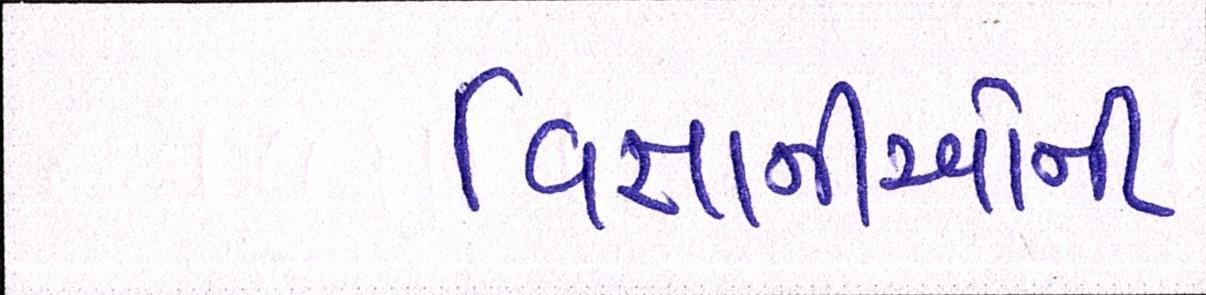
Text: વિજ્ઞાનીઓની